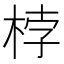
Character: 桲